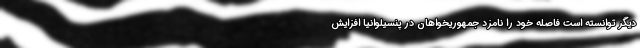
دیگر توانسته است فاصله خود را نامزد جمهوریخواهان در پنسیلوانیا افزایش